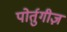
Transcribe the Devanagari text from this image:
पोर्तुगीज़